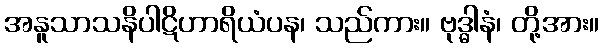
အနူသာသနိပါဋိဟာရိယံပန၊ သည်ကား။ ဗုဒ္ဓါနံ၊ တို့အား။